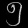
Digit: ၅